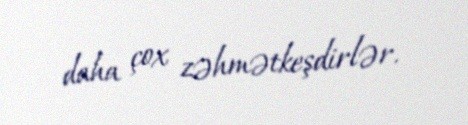
daha çox zəhmətkeşdirlər.